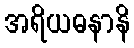
အရိယဓနာနိ